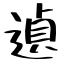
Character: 遉